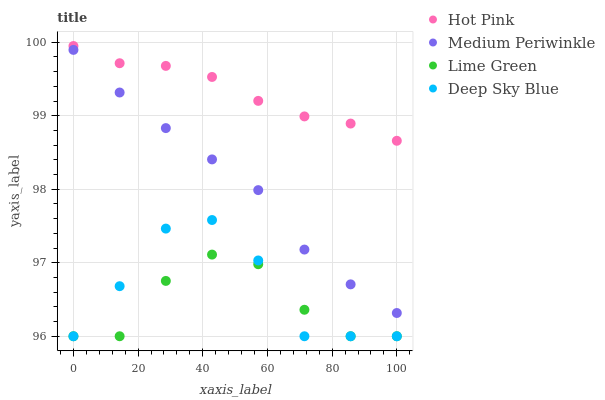
| xaxis_label | Hot Pink | Medium Periwinkle | Lime Green | Deep Sky Blue |
 | --- | --- | --- | --- | --- |
 | 0 | 99.9 | 99.9 | 96 | 96 |
 | 14.3 | 99.7 | 99.3 | 96 | 96.7 |
 | 28.6 | 99.7 | 98.8 | 96.8 | 97.5 |
 | 42.9 | 99.5 | 98.4 | 97.1 | 97.6 |
 | 57.1 | 99.2 | 98 | 97 | 97 |
 | 71.4 | 99 | 97.2 | 96.4 | 96 |
 | 85.7 | 98.9 | 96.7 | 96 | 96 |
 | 100 | 98.7 | 96.3 | 96 | 96 |